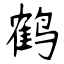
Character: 鹤